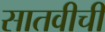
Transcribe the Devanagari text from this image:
सातवीची